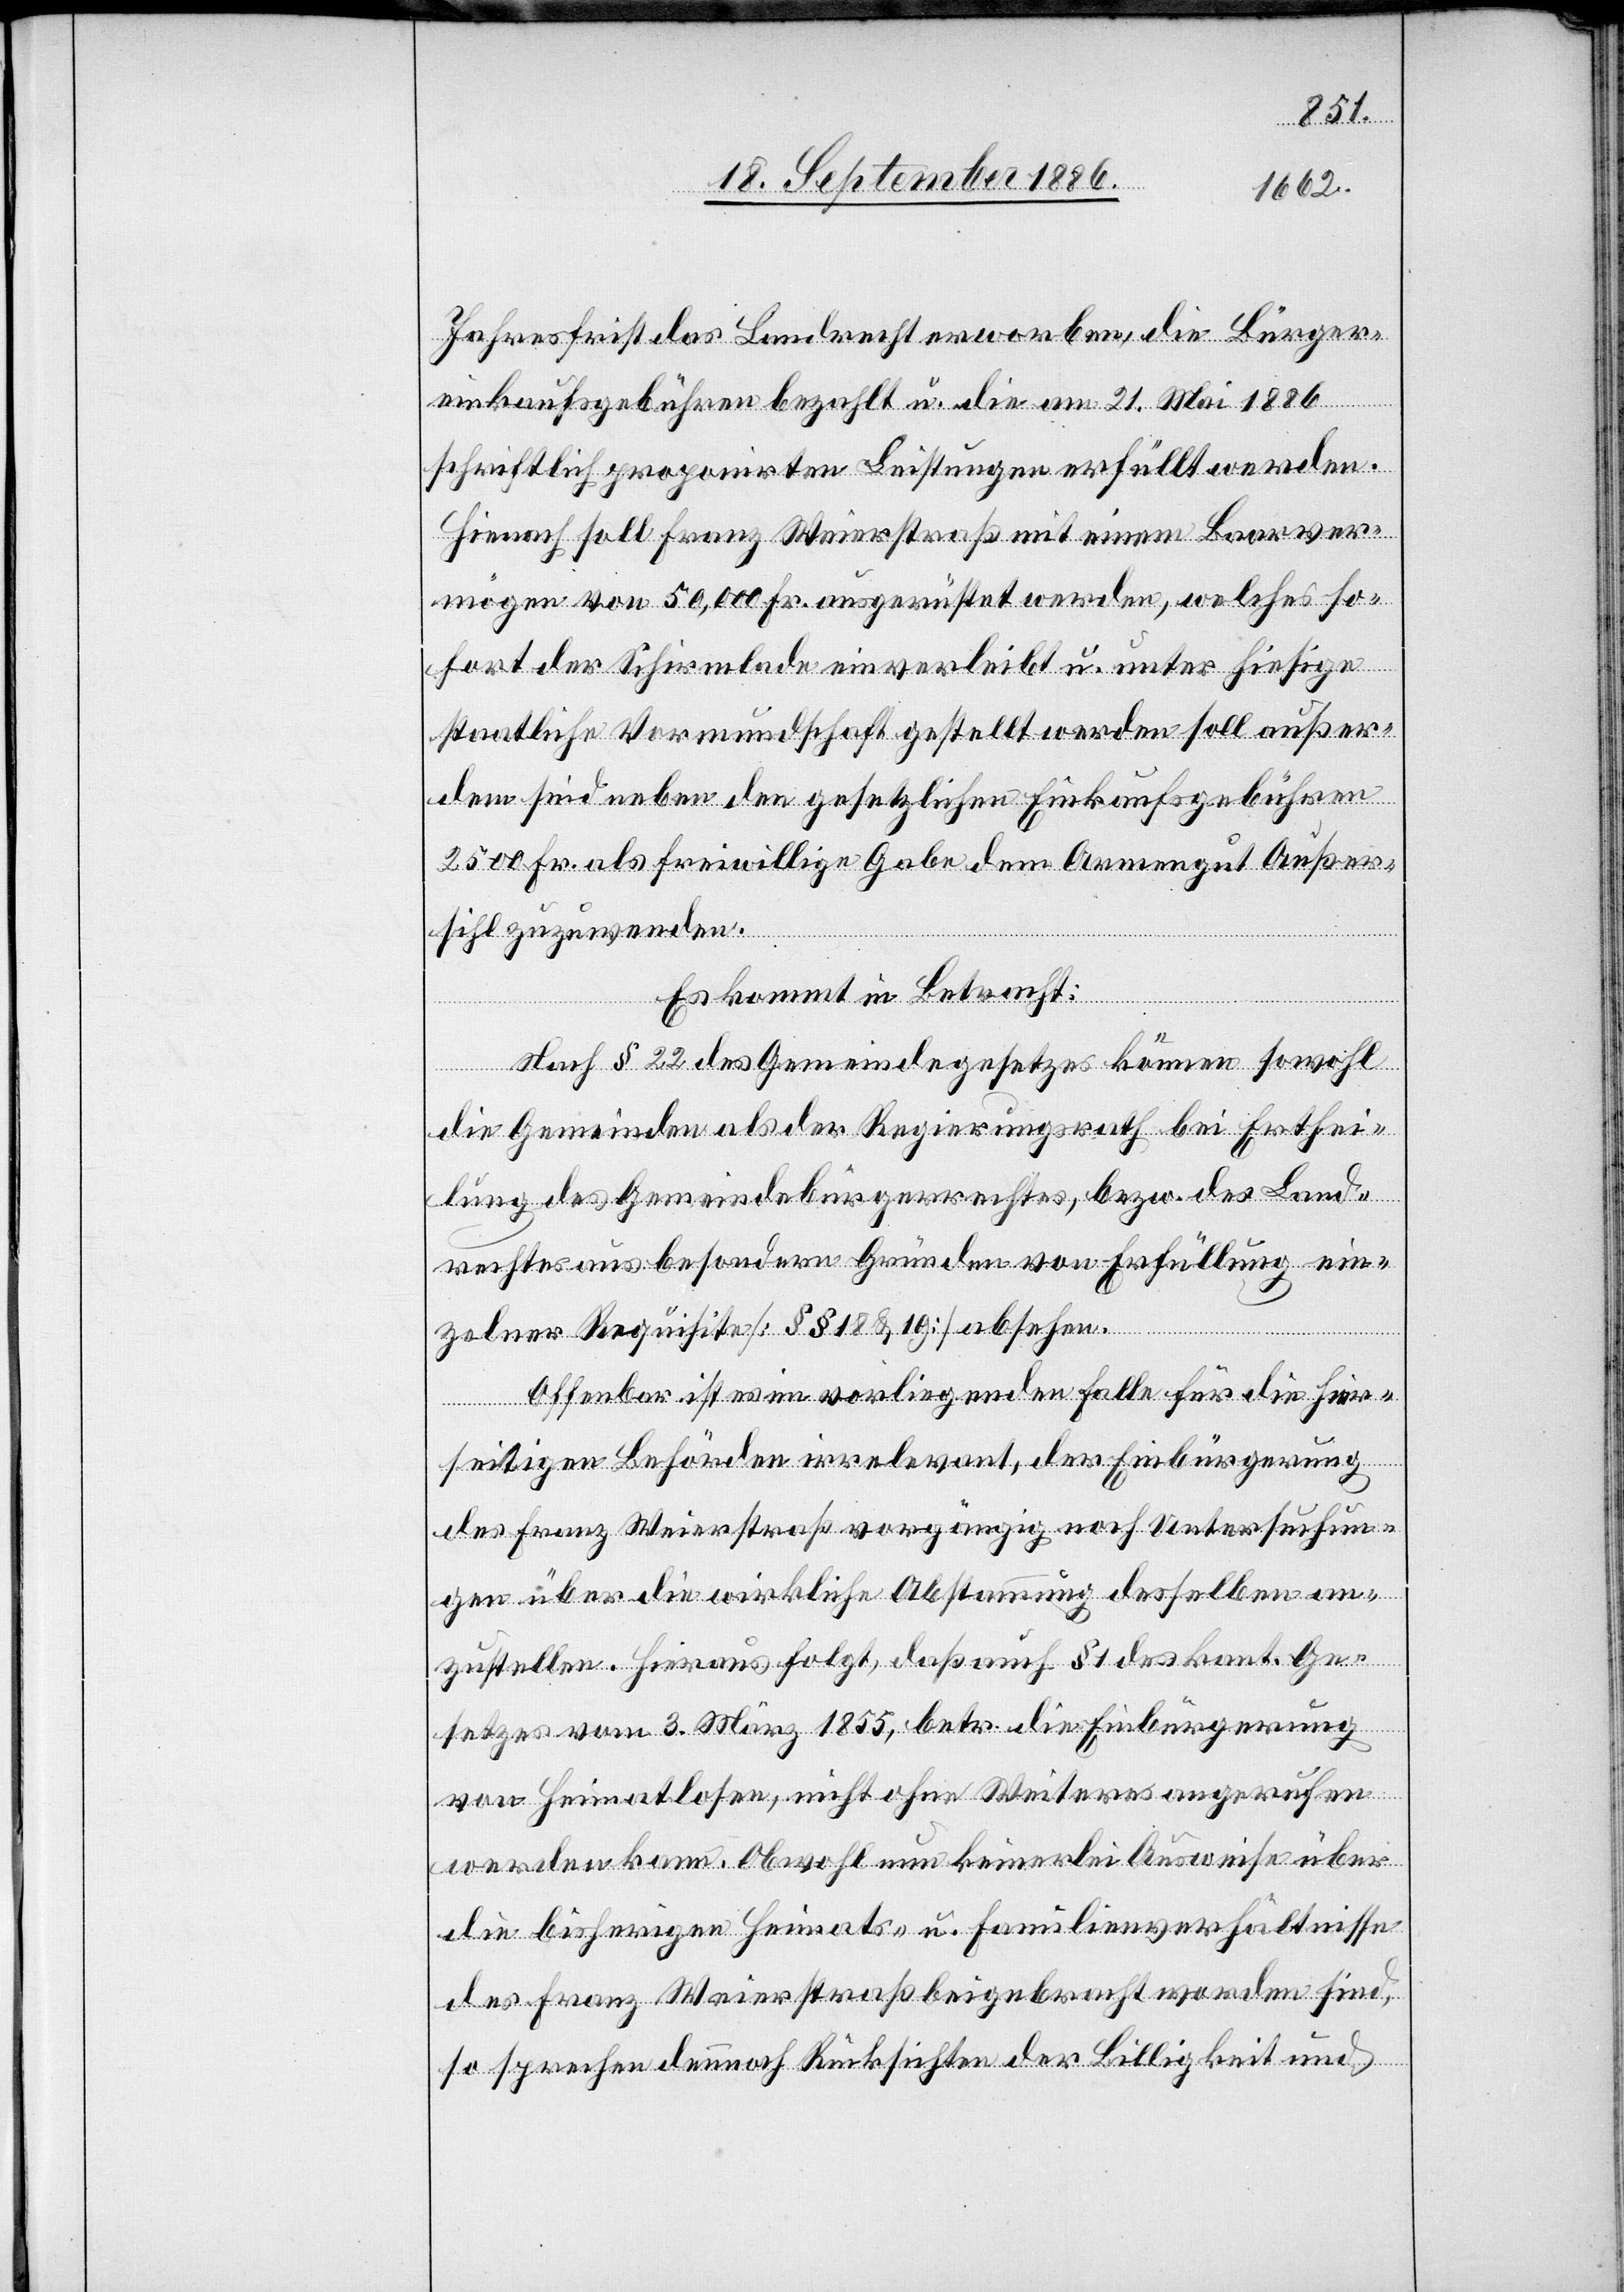
Jahresfrist das Landrecht erworben, die Bürger¬
einkaufsgebühren bezahlt u. die am 21. Mai 1886
schriftlich proponirten Leistungen erfüllt werden.
Hienach soll Franz Weierstraß mit einem Baarver¬
mögen von 50,000 Fr. ausgerüstet werden, welches so¬
fort der Schirmlade einverleibt u. unter hiesige
staatliche Vormundschaft gestellt werden soll[,] außer¬
dem sind neben den gesetzlichen Einkaufsgebühren
2500 Fr. als freiwillige Gabe dem Armengut Außer¬
sihl zuzuwenden.
Es kommt in Betracht:
Nach § 22 des Gemeindegesetzes können sowohl
die Gemeinden als der Regierungsrath bei Erthei¬
lung des Gemeindsbürgerrechtes, bezw. des Land¬
rechtes aus besondern Gründen von Erfüllung ein¬
zelner Requisite [§§ 18 & 19] absehen.
Offenbar ist im vorliegenden Falle für die hier¬
seitigen Behörden irrelevant, der Einbürgerung
des Franz Weierstraß vorgängig noch Untersuchun¬
gen über die wirkliche Abstammung desselben an¬
zustellen. Hieraus folgt, daß auch § 1 des kant. Ge¬
setzes vom 3. März 1855, betr. die Einbürgerung
von Heimatlosen, nicht ohne Weiteres angerufen
werden kann. Obwohl nun keinerlei Ausweise über
die bisherigen Heimats- u. Familienverhältnisse
des Franz Weierstraß beigebracht worden sind,
so sprechen dennoch Rücksichten der Billigkeit und